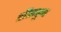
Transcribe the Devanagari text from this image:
क्षीरपुष्प